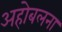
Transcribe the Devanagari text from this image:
अहोबलना